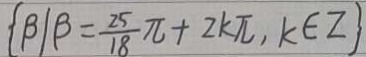
\{ \beta \vert \beta = \frac { 2 5 } { 1 8 } \pi + 2 k \pi , k \in Z \}